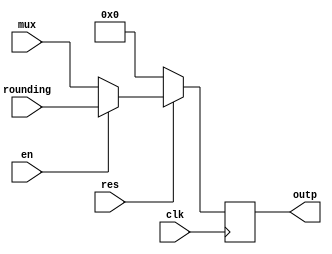
`timescale 1ns / 1ps
//////////////////////////////////////////////////////////////////////////////////
// Company: 
// Engineer: 
// 
// Design Name: 
// Module Name: Mux5
// Project Name: 
// Target Devices: 
// Tool Versions: 
// Description: 
// 
// Dependencies: 
// 
// Revision:
// Revision 0.01 - File Created
// Additional Comments:
// 
//////////////////////////////////////////////////////////////////////////////////


module Mux_5(clk,res,en,mux,rounding,outp);
  input clk,res,en;
  input [7:0] mux,rounding;
  output reg [7:0] outp;
  
  always @(posedge clk) begin
    if(!en)
      outp = mux;
    else
      outp = rounding;
    if(!res)
      outp = 0;
    end
endmodule